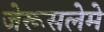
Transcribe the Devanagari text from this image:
जेरूसलेमे